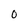
Character: O